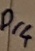
Text: Dr4